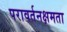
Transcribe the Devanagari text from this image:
परावर्तनक्षमता